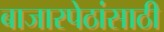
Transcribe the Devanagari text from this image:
बाजारपेठांसाठी